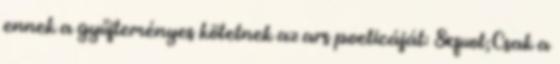
ennek a gyűjteményes kötetnek az ars poeticáját: &quot;Csak a